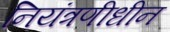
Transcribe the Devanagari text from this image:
नियंत्रणीधीन